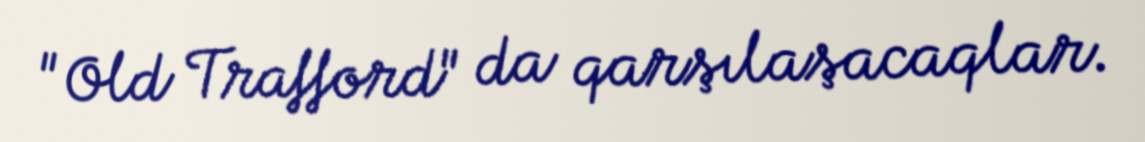
"Old Trafford" da qarşılaşacaqlar.